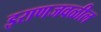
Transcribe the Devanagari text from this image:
इराणजवळील